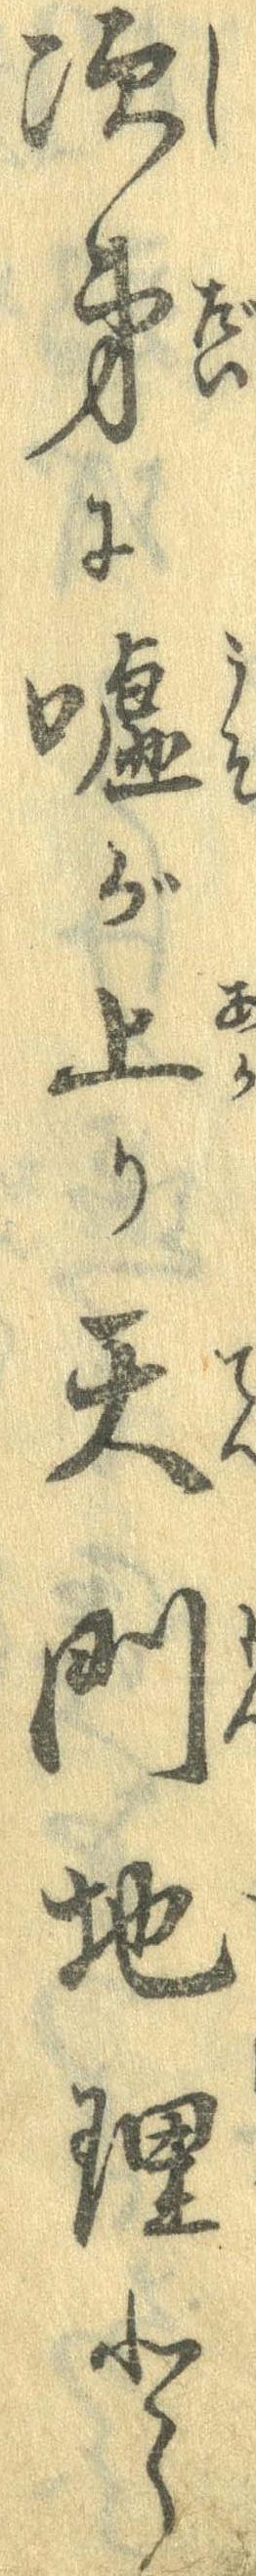
次第に嘘が上り天門地理と